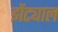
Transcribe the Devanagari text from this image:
झेंट्याल